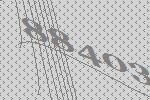
88403